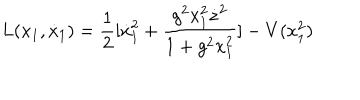
L ( x _ { 1 } , \dot { x } _ { 1 } ) = \frac { 1 } { 2 } [ \dot { x } _ { 1 } ^ { 2 } + \frac { g ^ { 2 } x _ { 1 } ^ { 2 } \dot { z } ^ { 2 } } { 1 + g ^ { 2 } x _ { 1 } ^ { 2 } } ] - V ( x _ { 1 } ^ { 2 } )